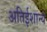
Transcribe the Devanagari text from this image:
अतिईशान्य